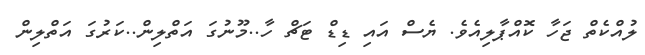
ލުއްކެތް ޖަހާ ކޮއްޕާލިއެވެ. ޔެސް އައި ޑިޑް ޓަޗް ހާ..މޫނުގަ އަތްލިން..ކަރުގަ އަތްލިން